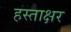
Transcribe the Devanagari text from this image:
हस्‍ताक्षर